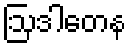
ဩဒါတေန